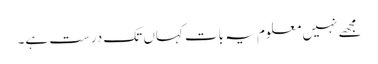
مجھے نہیں معلوم یہ بات کہاں تک درست ہے۔